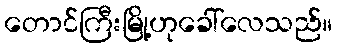
တောင်ကြီးမြို့ဟုခေါ်လေသည်။